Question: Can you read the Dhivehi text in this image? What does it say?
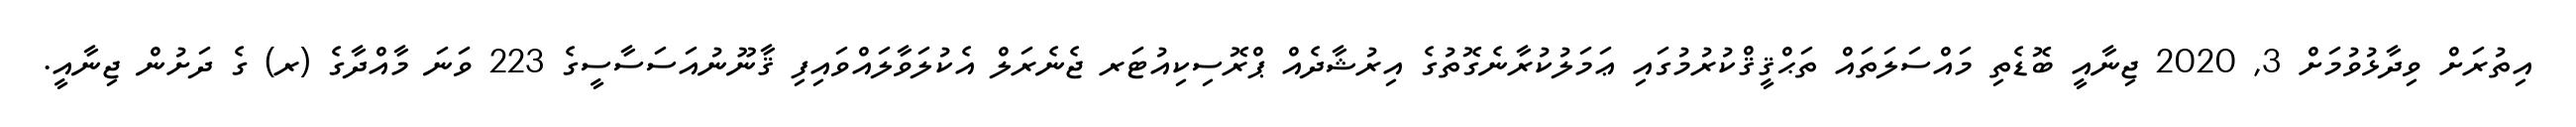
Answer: އިތުރަށް ވިދާޅުވުމަށް 3, 2020 ޖިނާއީ ބޮޑެތި މައްސަލަތައް ތަޙްޤީޤްކުރުމުގައި ޢަމަލުކުރާނެގޮތުގެ އިރުޝާދެއް ޕްރޮސިކިއުޓަރ ޖެނެރަލް އެކުލަވާލައްވައިފި ޤާނޫނުއަސަސާސީގެ 223 ވަނަ މާއްދާގެ (ރ) ގެ ދަށުން ޖިނާއީ.